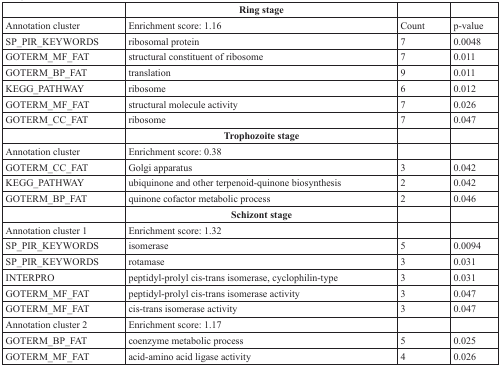
<table><thead><tr><td></td><td><b>Ring stage</b></td><td></td><td></td></tr></thead><tbody><tr><td>Annotation cluster</td><td>Enrichment score: 1.16</td><td>Count</td><td>p-value</td></tr><tr><td>SP_PIR_KEYWORDS</td><td>ribosomal protein</td><td>7</td><td>0.0048</td></tr><tr><td>GOTERM_MF_FAT</td><td>structural constituent of ribosome</td><td>7</td><td>0.011</td></tr><tr><td>GOTERM_BP_FAT</td><td>translation</td><td>9</td><td>0.011</td></tr><tr><td>KEGG_PATHWAY</td><td>ribosome</td><td>6</td><td>0.012</td></tr><tr><td>GOTERM_MF_FAT</td><td>structural molecule activity</td><td>7</td><td>0.026</td></tr><tr><td>GOTERM_CC_FAT</td><td>ribosome</td><td>7</td><td>0.047</td></tr><tr><td></td><td><b>Trophozoite stage</b></td><td></td><td></td></tr><tr><td>Annotation cluster</td><td>Enrichment score: 0.38</td><td></td><td></td></tr><tr><td>GOTERM_CC_FAT</td><td>Golgi apparatus</td><td>3</td><td>0.042</td></tr><tr><td>KEGG_PATHWAY</td><td>ubiquinone and other terpenoid-quinone biosynthesis</td><td>2</td><td>0.042</td></tr><tr><td>GOTERM_BP_FAT</td><td>quinone cofactor metabolic process</td><td>2</td><td>0.046</td></tr><tr><td></td><td><b>Schizont stage</b></td><td></td><td></td></tr><tr><td>Annotation cluster 1</td><td>Enrichment score: 1.32</td><td></td><td></td></tr><tr><td>SP_PIR_KEYWORDS</td><td>isomerase</td><td>5</td><td>0.0094</td></tr><tr><td>SP_PIR_KEYWORDS</td><td>rotamase</td><td>3</td><td>0.031</td></tr><tr><td>INTERPRO</td><td>peptidyl-prolyl cis-trans isomerase, cyclophilin-type</td><td>3</td><td>0.031</td></tr><tr><td>GOTERM_MF_FAT</td><td>peptidyl-prolyl cis-trans isomerase activity</td><td>3</td><td>0.047</td></tr><tr><td>GOTERM_MF_FAT</td><td>cis-trans isomerase activity</td><td>3</td><td>0.047</td></tr><tr><td>Annotation cluster 2</td><td>Enrichment score: 1.17</td><td></td><td></td></tr><tr><td>GOTERM_BP_FAT</td><td>coenzyme metabolic process</td><td>5</td><td>0.025</td></tr><tr><td>GOTERM_MF_FAT</td><td>acid-amino acid ligase activity</td><td>4</td><td>0.026</td></tr></tbody></table>